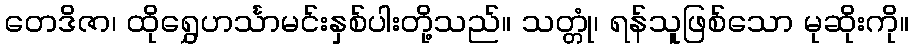
တေဒိဇာ၊ ထိုရွှေဟင်္သာမင်းနှစ်ပါးတို့သည်။ သတ္တုံ၊ ရန်သူဖြစ်သော မုဆိုးကို။